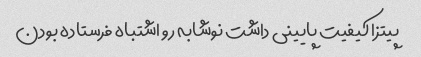
پیتزا کیفیت پایینی داشت نوشابه رو اشتباه فرستاده بودن